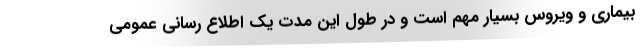
بیماری و ویروس بسیار مهم است و در طول این مدت یک اطلاع رسانی عمومی